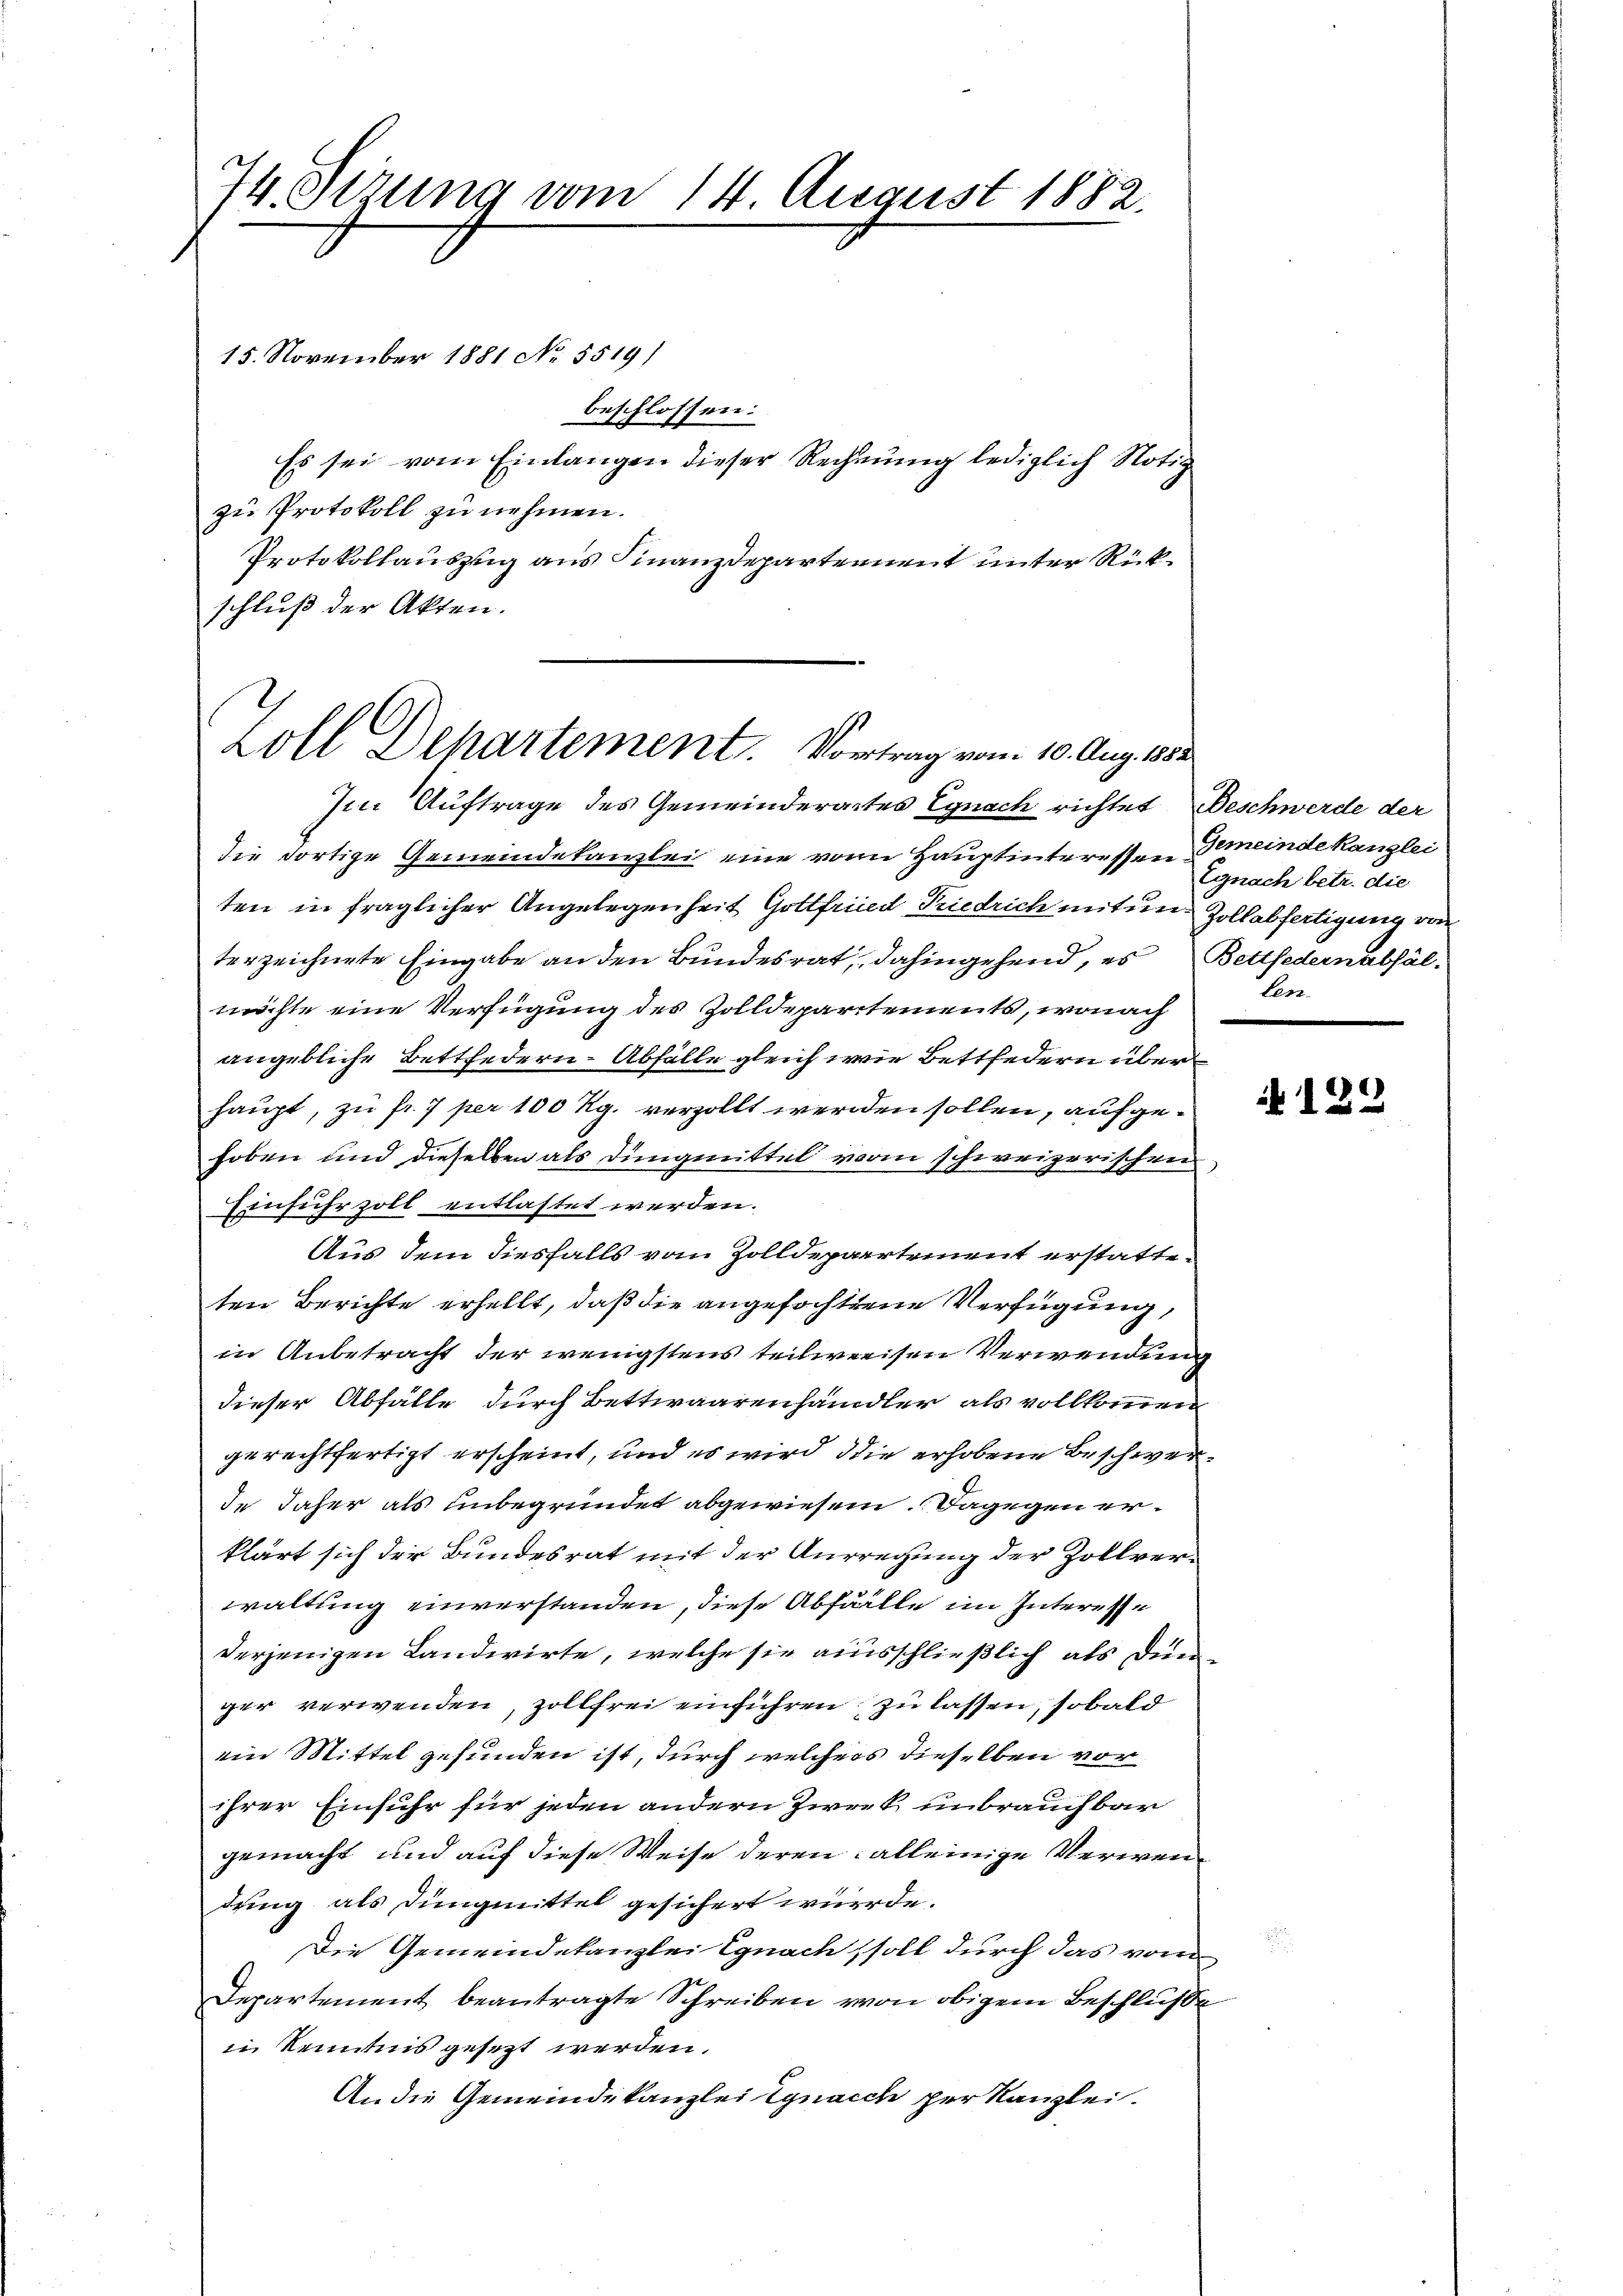
74. Sezung vom 14. August 1882.

15. November 1881 No 5519/
beschlossen:
Es sei vom Einlangen dieser Rechnung lediglich Notiz
zu Protokoll zu nehmen.
Protokollauszug aus Finanzdepartement unter Rückschluß der Akten.
Im Auftrage des Gemeinderates Egnach richtet Beschwerde der
die dortige Gemeindekanzlei eine von Hauptinteressen Gemeindekanzlei
ten in fraglicher Angelegenheit Gottfried Friedrich mit und Zollabfertigung von
terzeichnete Eingabe an den Bundesrat, dahingehend, es Bettfedern abfälmöchte eine Verfügung des Zolldepartements, wonach
angebliche Bettfedern-Abfälle gleich wie Bettfedern über
haupt, zu fr. 7 per 100 Rg. verzollt werden sollen, aufgehoben und dieselben als Dungmittel vom schweizerischen
Einfuhrzoll entlastet werden.
Aus dem diesfalls vom Zolldepartement erstatteten Berichte erhellt, daß die angefochtene Verfügung,
in Anbetracht der wenigstens teilweisen Verwendung
dieser Abfälle durch Bettwaarenhandler als vollkommen
gerechtfertigt erscheint, und es wird die erhobene Beschwerde daher als unbegründet abgewiesen. Dagegen erklärt sich der Bundesrat mit der Aufregung der Zollverwaltung einverstanden, diese Abfälle im Interesse
derjenigen Landwirte, welche sie ausschließlich als Dun
ger verwenden, zollfrei einführen zu lassen, sobald
ein Mittel gefunden ist, durch welchers dieselben vor
ihrer Einfuhr für jeden andern Zweck unbrauchbar
gemacht und auf diese Weise deren: alleinige Verwendung als Dungmittel gesichert würde.
Die Gemeindekanzlei Egnach soll durch das vom
Departement beantragte Schreiben von obigem Beschluße
in Kenntnis gesezt werden.
An die Gemeindekanzlei Egnacch per Kanzlei.

Zoll Dehartement. Vortrag vom 10. Aug. 1882

Egnach betr. die
Can

122